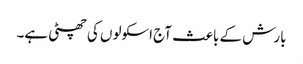
بارش کے باعث آج اسکولوں کی چھٹی ہے۔